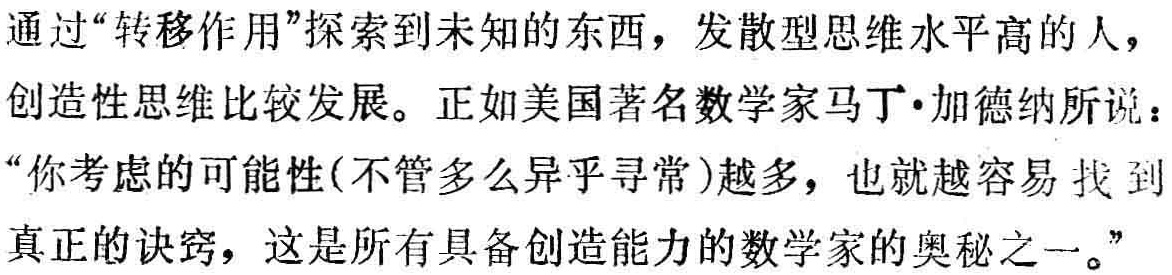
通过“转移作用”探索到未知的东西，发散型思维水平高的人，创造性思维比较发展。正如美国著名数学家马丁·加德纳所说：“你考虑的可能性(不管多么异乎寻常)越多，也就越容易找到真正的诀窍，这是所有具备创造能力的数学家的奥秘之一。”